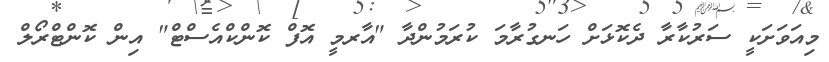
މިއަވަށަކީ ސަރުކާރާ ދެކޮޅަށް ހަނގުރާމަ ކުރަމުންދާ "އާރމީ އޮފް ކޮންކްއެސްޓް" އިން ކޮންޓްރޯލް